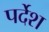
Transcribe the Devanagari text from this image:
पर्देश